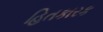
હિતકારક